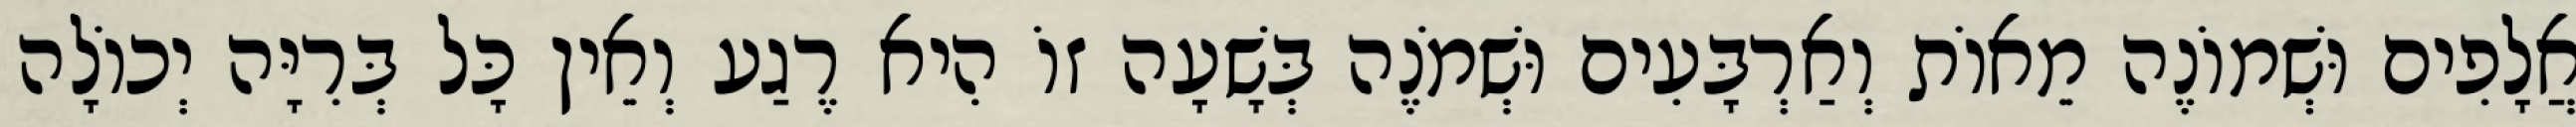
אֲלָפִים וּשְׁמוֹנֶה מֵאוֹת וְאַרְבָּעִים וּשְׁמֹנֶה בְּשָׁעָה זוֹ הִיא רֶגַע וְאֵין כָּל בְּרִיָּה יְכוֹלָה